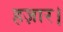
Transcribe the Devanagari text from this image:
हज़ार।